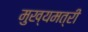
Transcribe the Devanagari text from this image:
मुख्यमत्री